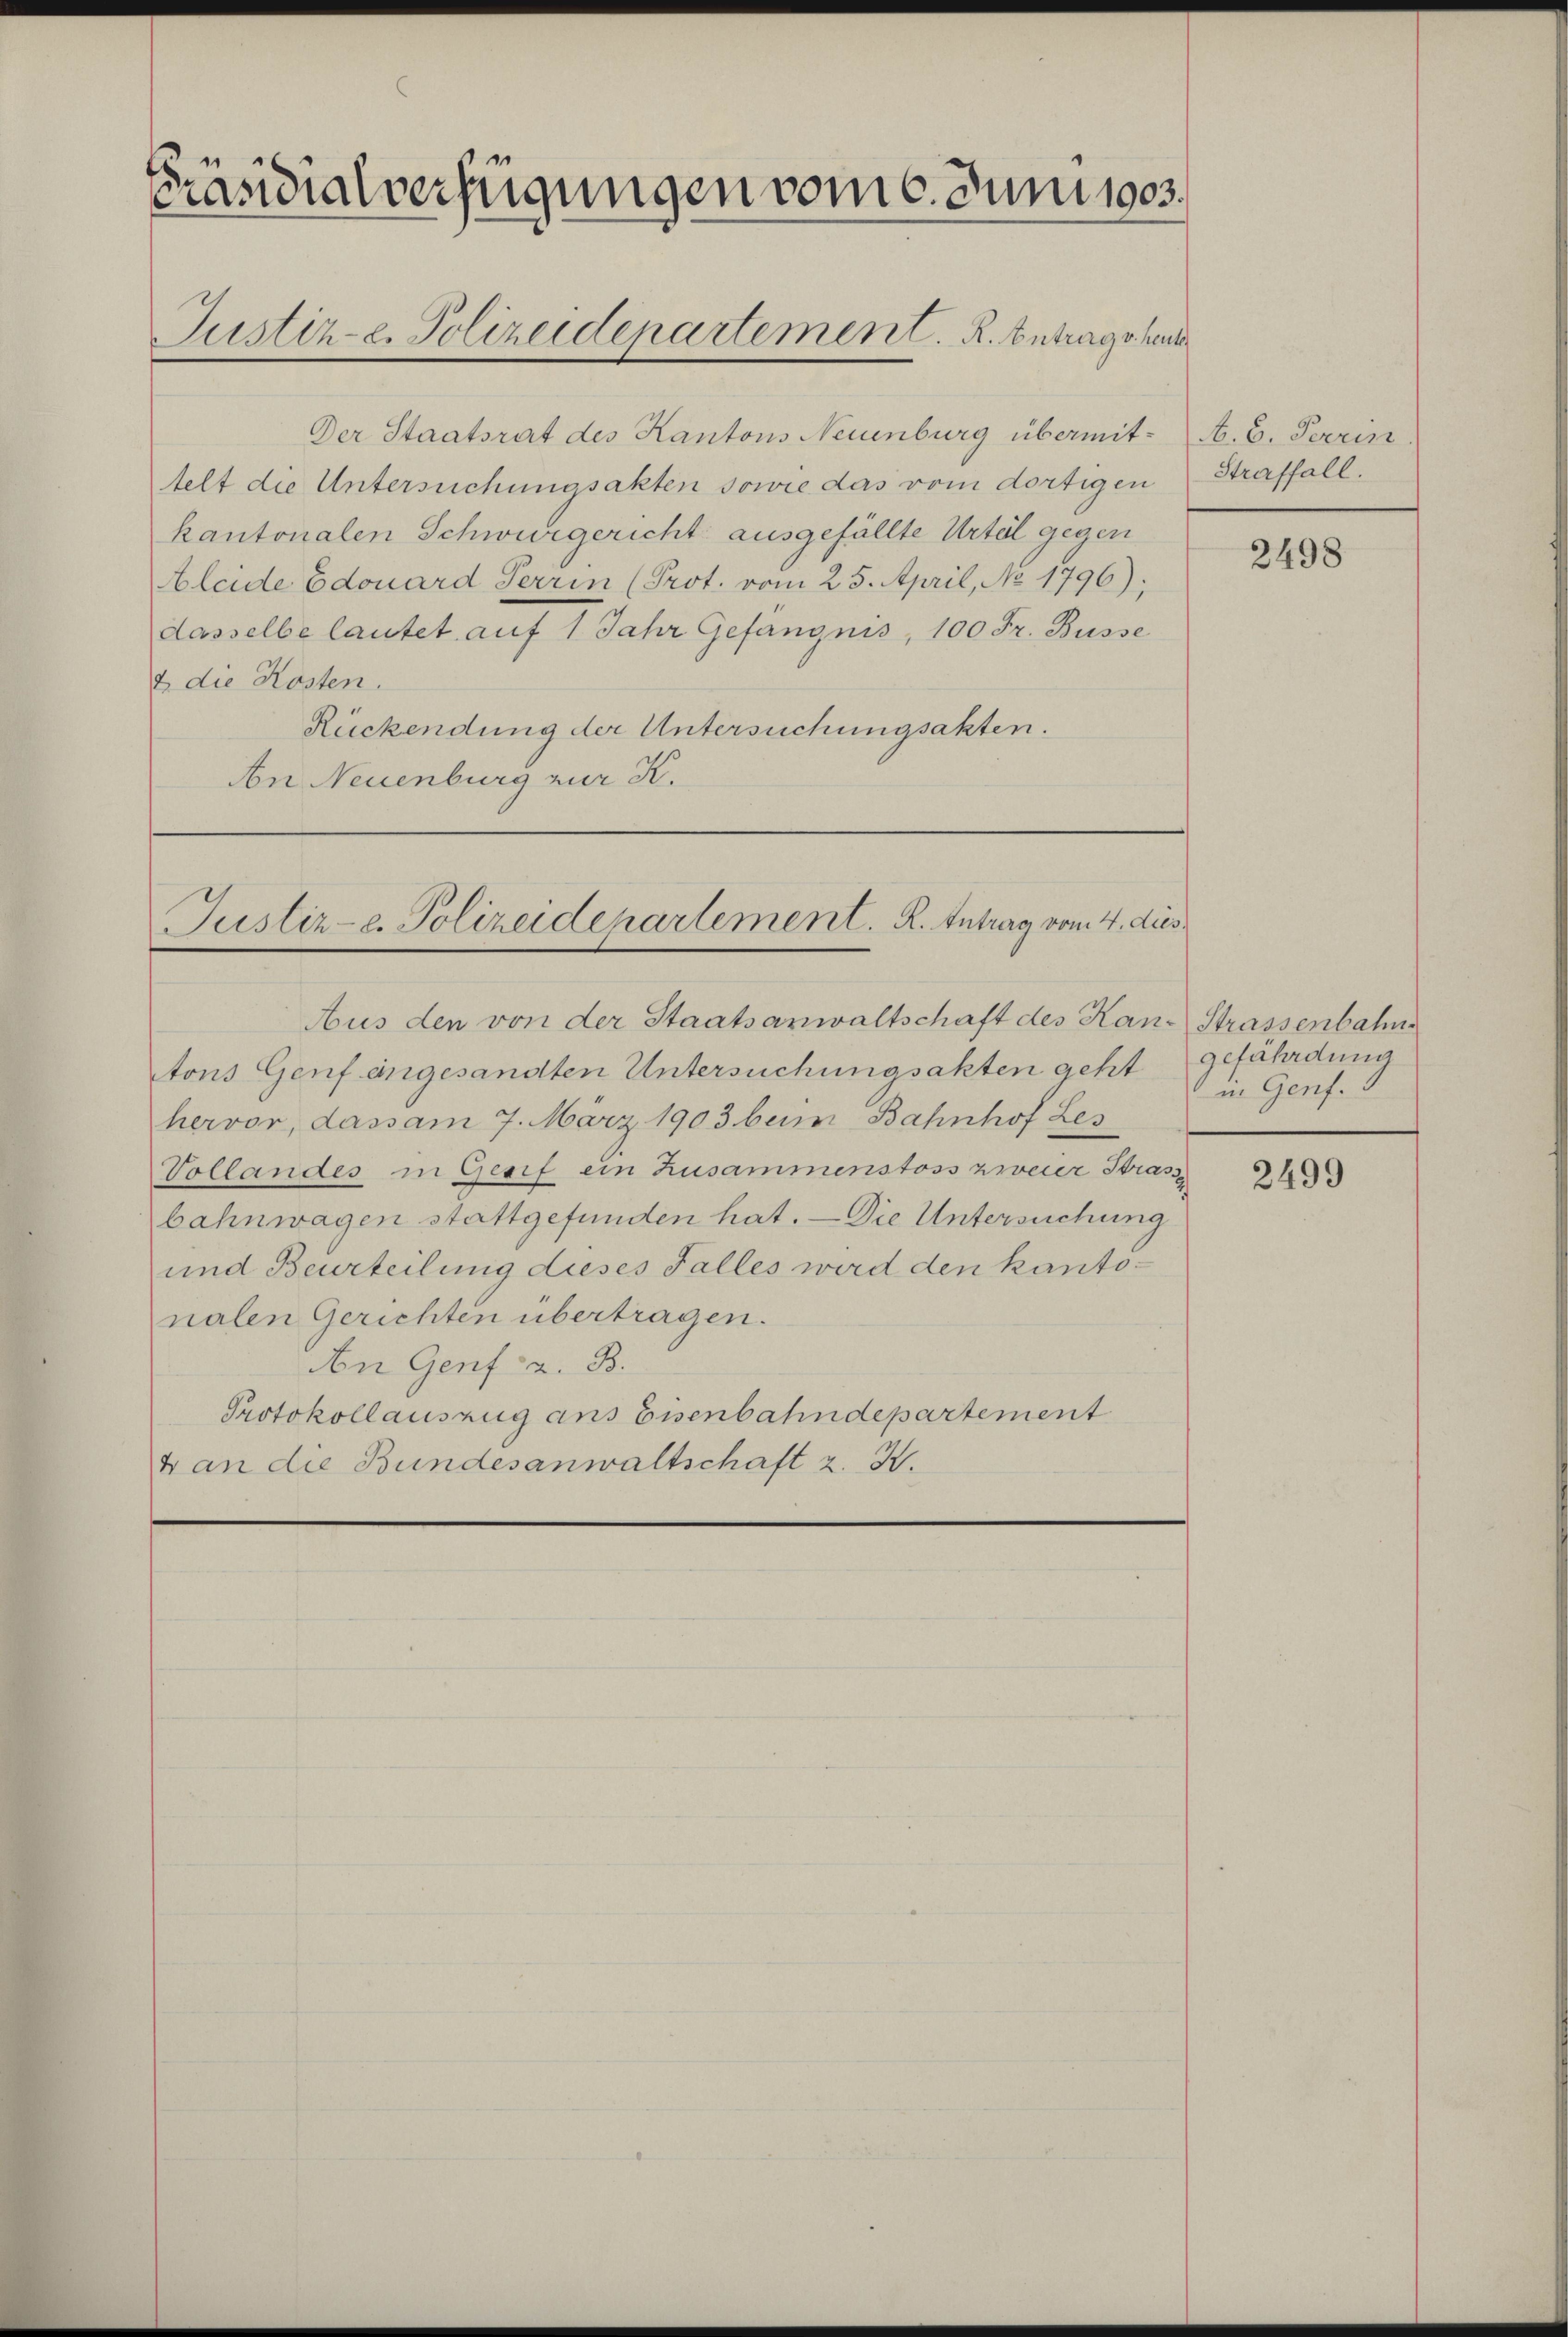
Präsidialverfügungen vom 6. Juni 1903.
Justiz-C. Polizeidepartement. R. Antrags heut

Der Staatsrat des Kantons Neuenburg übermittelt die Untersuchungsakten sowie das vom dortigen
kantonalen Schwurgericht ausgefällte Urtel gegen
Aleide Edouard Terrin (Prot. vom 25. April, No 1796);
dasselbe lautet auf 1 Jahr Gefängnis, 100 Fr. Busse
2 die Kosten.
Rückendung der Untersuchungsakten.
An Neuenburg zur K.

Justiz-C. Polizeidepartement. K. Antrag vom 4. dies

Aus den von der Staatsanwaltschaft des Kan-Strassenbahn
tons Genf angesandten Untersuchungsakten geht gefährdung
hervor, dass am 7. März 1903 beim Bahnhof Les
Vollandes in Gesif ein Zusammenstoss zweier Strass
bahnwagen stattgefunden hat. — Die Untersuchung
und Beurteilung dieses Falles wird den kantonalen Gerichten übertragen.
An Genf z. B.
Protokollauszug ans Eisenbahndepartement
4 an die Bundesanwaltschaft z. B.

A. 6. Feerin.
Straffall.

2498

in Genf.

2499